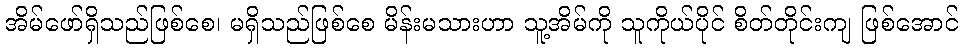
အိမ်ဖော်ရှိသည်ဖြစ်စေ၊ မရှိသည်ဖြစ်စေ မိန်းမသားဟာ သူ့အိမ်ကို သူကိုယ်ပိုင် စိတ်တိုင်းကျ ဖြစ်အောင်